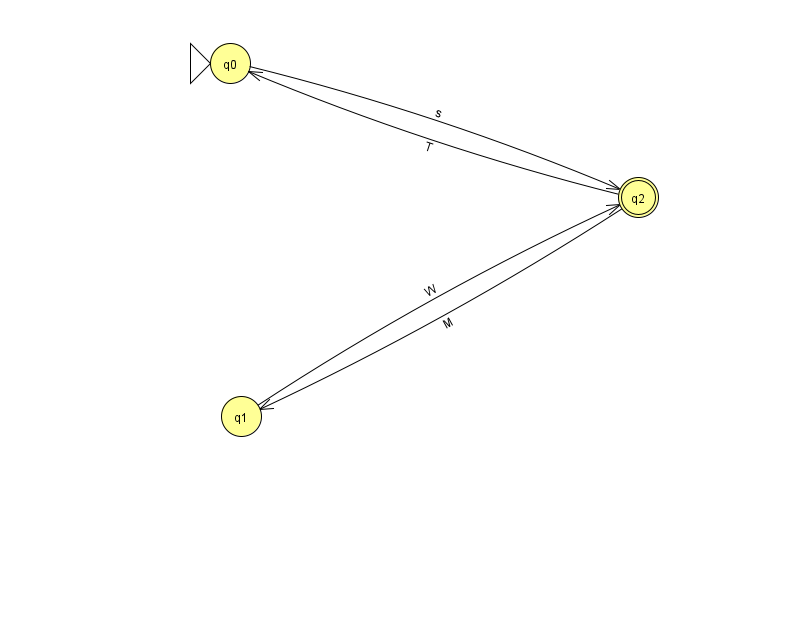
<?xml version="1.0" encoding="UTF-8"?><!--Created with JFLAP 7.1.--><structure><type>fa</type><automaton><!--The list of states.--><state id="0" name="q0"><x>230.0</x><y>50.0</y><initial/></state><state id="1" name="q1"><x>241.0</x><y>403.0</y></state><state id="2" name="q2"><x>638.0</x><y>184.0</y><final/></state><!--The list of transitions.--><transition><from>2</from><to>1</to><read>M</read></transition><transition><from>2</from><to>0</to><read>T</read></transition><transition><from>0</from><to>2</to><read>s</read></transition><transition><from>1</from><to>2</to><read>W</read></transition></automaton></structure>